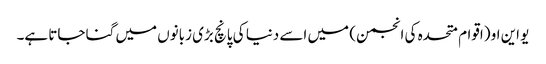
یو این او (اقوام متحدہ کی انجمن) میں اسے دنیا کی پانچ بڑی زبانوں میں گنا جاتا ہے۔